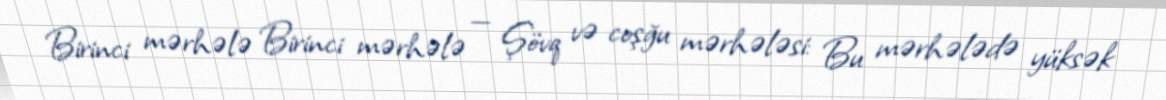
Birinci mərhələ Birinci mərhələ — Şövq və coşğu mərhələsi: Bu mərhələdə yüksək